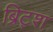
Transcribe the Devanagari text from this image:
ब्रिट्श